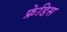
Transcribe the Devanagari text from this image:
फ्रेडिस